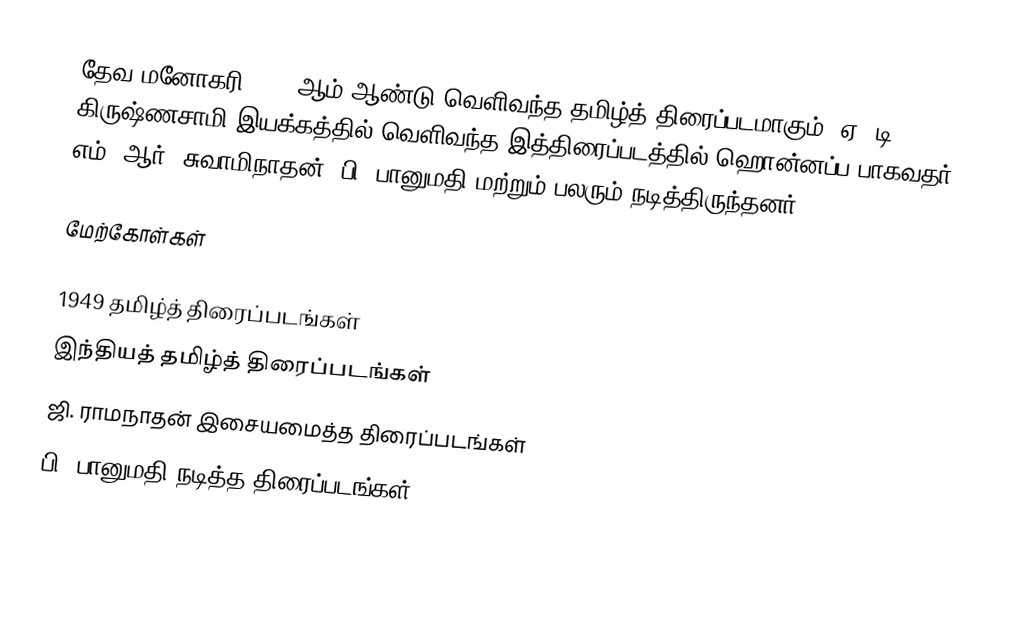
தேவ மனோகரி 1949 ஆம் ஆண்டு வெளிவந்த தமிழ்த் திரைப்படமாகும். ஏ. டி. கிருஷ்ணசாமி இயக்கத்தில் வெளிவந்த இத்திரைப்படத்தில் ஹொன்னப்ப பாகவதர், எம். ஆர். சுவாமிநாதன், பி. பானுமதி மற்றும் பலரும் நடித்திருந்தனர்.

மேற்கோள்கள்

1949 தமிழ்த் திரைப்படங்கள்
இந்தியத் தமிழ்த் திரைப்படங்கள்
ஜி. ராமநாதன் இசையமைத்த திரைப்படங்கள்
பி. பானுமதி நடித்த திரைப்படங்கள்